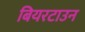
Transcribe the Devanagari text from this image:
बियरटाउन